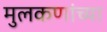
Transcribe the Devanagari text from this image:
मुलकणांच्या